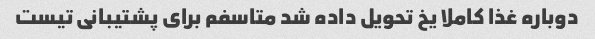
دوباره غذا کاملا یخ تحویل داده شد متاسفم برای پشتیبانی تیست